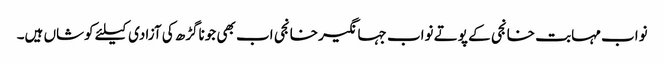
نواب مہابت خانجی کے پوتے نواب جہانگیر خانجی اب بھی جوناگڑھ کی آزادی کیلئے کوشاں ہیں۔